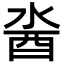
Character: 𨠆